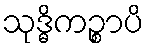
သုဒ္ဓိကဉ္စာပိ